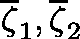
\overline { { \mathbf { \zeta } } } _ { 1 } , \overline { { \mathbf { \zeta } } } _ { 2 }